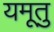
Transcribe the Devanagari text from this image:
यमूतु